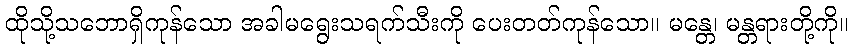
ထိုသို့သဘောရှိကုန်သော အခါမရွေးသရက်သီးကို ပေးတတ်ကုန်သော။ မန္တေ၊ မန္တရားတို့ကို။